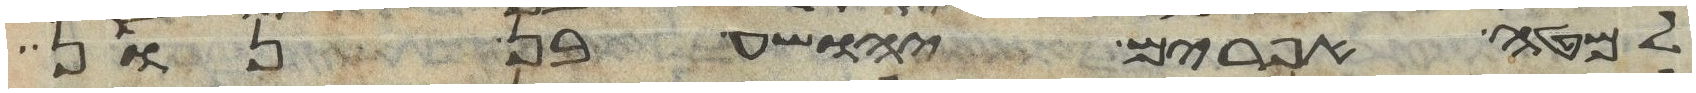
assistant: למטה אפרים יהושע בן נון